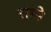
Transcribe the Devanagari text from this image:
राम्पे